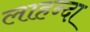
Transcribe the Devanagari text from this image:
लाहन्दा